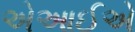
એઆઈએ